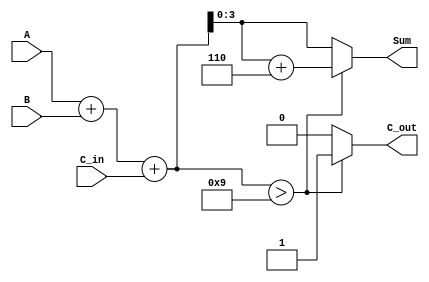
module BCD_Parallel_Adder (
    input  [3:0] A,       // BCD digit input A
    input  [3:0] B,       // BCD digit input B
    input        C_in,     // Carry input
    output reg [3:0] Sum,  // BCD result output
    output reg C_out       // Carry output
);

    wire [4:0] S;         // 5-bit sum to hold A + B + C_in
    wire [4:0] corrected_sum; // Corrected sum after adding 6 if needed

    // Step 1: Binary addition of A, B, and C_in
    assign S = A + B + C_in;

    // Step 2: Determine if correction is needed and calculate corrected sum
    always @(*) begin
        if (S > 5'd9) begin
            // If sum exceeds 9, apply BCD correction
            Sum = S + 5'd6; // Add 6 to correct the sum
            C_out = 1'b1;   // Set carry out
        end else begin
            // If sum is valid, no correction needed
            Sum = S[3:0];   // Take the lower 4 bits
            C_out = 1'b0;   // No carry out
        end
    end

endmodule